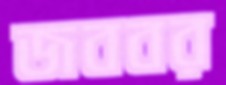
জববর